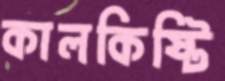
কালকিষ্টি